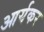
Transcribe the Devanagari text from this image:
आर्यकर